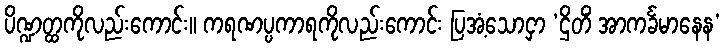
ပိဏ္ဍတ္ထကိုလည်းကောင်း။ ကရဏပ္ပကာရကိုလည်းကောင်း ပြအံ့သောငှာ ‘ဌိတိံ အာကင်္ခမာနေန’